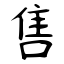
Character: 售